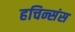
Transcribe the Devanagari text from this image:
हचिन्संस